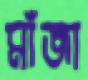
মাঁজা